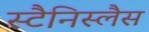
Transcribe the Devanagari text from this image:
स्टैनिस्लैस